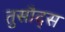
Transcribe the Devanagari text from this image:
तुसौद्स